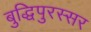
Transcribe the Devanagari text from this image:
बुद्धिपुरस्सर